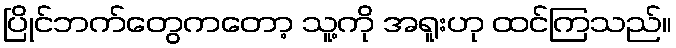
ပြိုင်ဘက်တွေကတော့ သူ့ကို အရူးဟု ထင်ကြသည်။